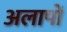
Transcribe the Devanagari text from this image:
अलापों